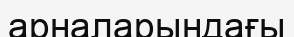
арналарындағы